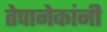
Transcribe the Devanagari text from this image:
तेपानेकांनी